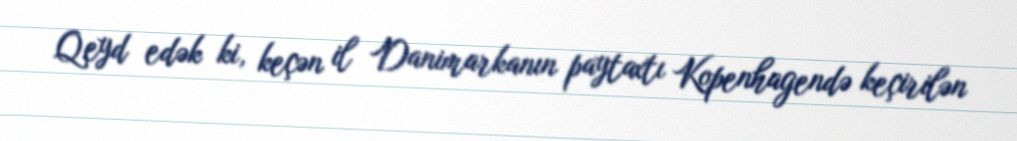
Qeyd edək ki, keçən il Danimarkanın paytaxtı Kopenhagendə keçirilən